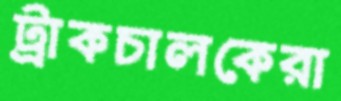
ট্রাকচালকেরা